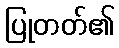
ပြုတတ်၏